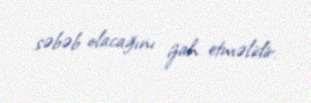
səbəb olacağını izah etməlidir.